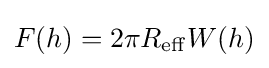
F(h)=2\pi R_{\rm {eff}}W(h)